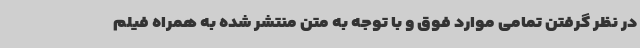
در نظر گرفتن تمامی موارد فوق و با توجه به متن منتشر شده به همراه فیلم